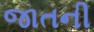
જાતની